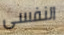
النفسى